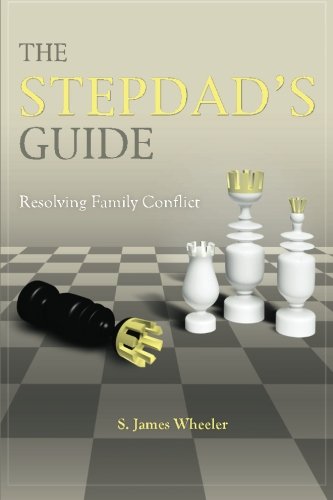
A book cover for The Stepdad's Guide: Resolving Family Conflict; S. James Wheeler; Parenting & Relationships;